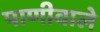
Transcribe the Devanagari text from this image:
पाणीवाले